Vaccination in Bombay 1863-1868 - 1863-1868
Year: 1863
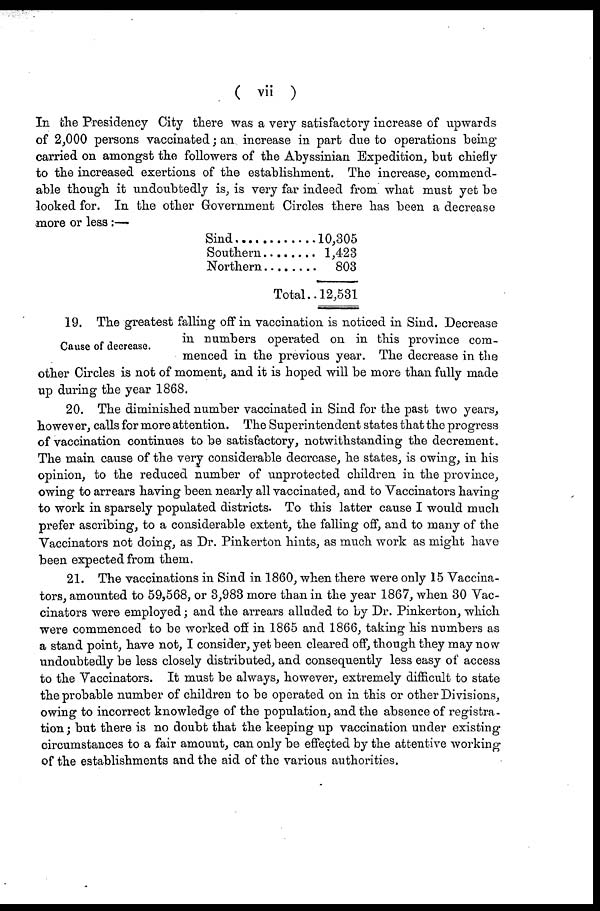
( vii )
In the Presidency City there was a very satisfactory increase of upwards
of 2,000 persons vaccinated; an increase in part due to operations being
carried on amongst the followers of the Abyssinian Expedition, but chiefly
to the increased exertions of the establishment. The increase, commend-
able though it undoubtedly is, is very far indeed from what must yet be
looked for. In the other Government Circles there has been a decrease
more or less:-—
Sind ............
Southern ........
Nothern........
Total..
10,305
1,423
803
12,531
Cause of decrease.
19. The greatest falling off in vaccination is noticed in Sind. Decrease
in numbers operated on in this province com-
menced in the previous year. The decrease in the
other Circles is not of moment, and it is hoped will be more than fully made
up during the year 1868.
20. The diminished number vaccinated in Sind for the past two years,
however, calls for more attention. The Superintendent states that the progress
of vaccination continues to be satisfactory, notwithstanding the decrement.
The main cause of the very considerable decrease, he states, is owing, in his
opinion, to the reduced number of unprotected children in the province,
owing to arrears having been nearly all vaccinated, and to Vaccinators having
to work in sparsely populated districts. To this latter cause I would much
prefer ascribing, to a considerable extent, the falling off, and to many of the
Vaccinators not doing, as Dr. Pinkerton hints, as much work as might have
been expected from them.
21. The vaccinations in Sind in 1860, when there were only 15 Vaccina-
tors, amounted to 59,568, or 3,983 more than in the year 1867, when 30 Vac-
cinators were employed; and the arrears alluded to by Dr. Pinkerton, which
were commenced to be worked off in 1865 and 1866, taking his numbers as
a stand point, have not, I consider, yet been cleared off, though they may now
undoubtedly be less closely distributed, and consequently less easy of access
to the Vaccinators. It must be always, however, extremely difficult to state
the probable number of children to be operated on in this or other Divisions,
owing to incorrect knowledge of the population, and the absence of registra-
tion ; but there is no doubt that the keeping up vaccination under existing
circumstances to a fair amount, can only be effected by the attentive working
of the establishments and the aid of the various authorities.